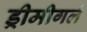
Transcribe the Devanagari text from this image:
ड्रीमीगर्ल